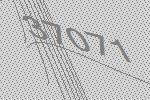
37071